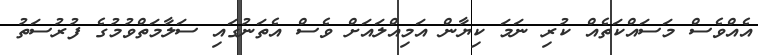
އެއްވެސް މަސައްކަތެއް ކުރި ނަމަ ކިޔާން އަމިއްލައަށް ވެސް އެތަނުގައި ސަލާމަތްވުމުގެ ފުރުސަތު